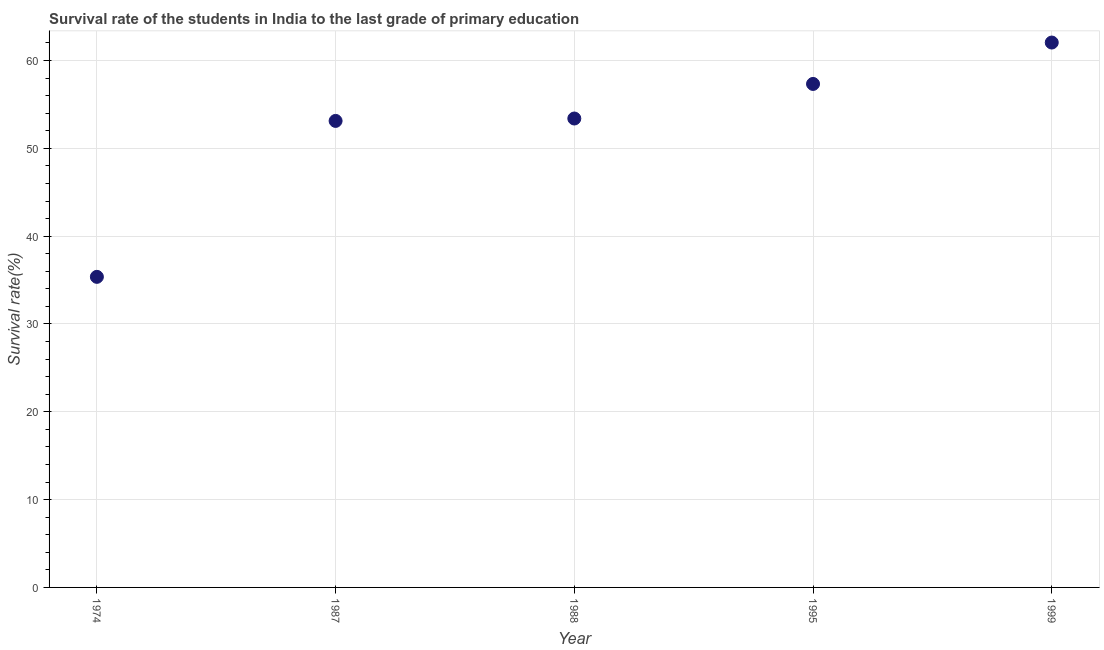
| Year | Primary Education |
 | --- | --- |
 | 1974 | 35.4 |
 | 1987 | 53.1 |
 | 1988 | 53.4 |
 | 1995 | 57.3 |
 | 1999 | 62 |